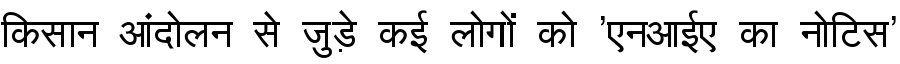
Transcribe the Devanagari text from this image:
किसान आंदोलन से जुड़े कई लोगों को 'एनआईए का नोटिस'